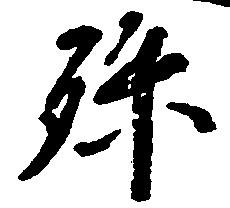
孫